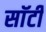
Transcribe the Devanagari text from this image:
साॅर्टी